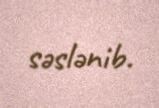
səslənib.